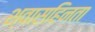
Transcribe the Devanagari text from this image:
श्वासहिनता